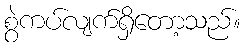
စွဲကပ်လျက်ရှိတော့သည်။